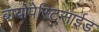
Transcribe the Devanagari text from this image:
बायोपेस्टिसाईड